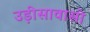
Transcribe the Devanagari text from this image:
उड़ीसावासी